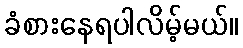
ခံစားနေရပါလိမ့်မယ်။